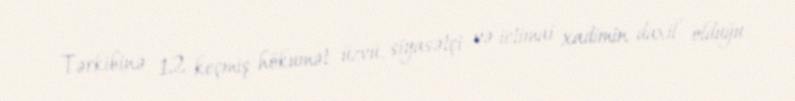
Tərkibinə 12 keçmiş hökumət üzvü, siyasətçi və ictimai xadimin daxil olduğu